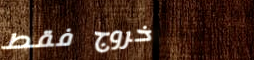
خروج فقط